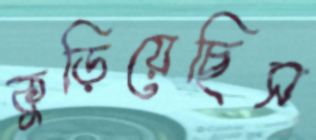
কুড়িয়েছিস